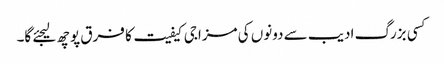
کسی بزرگ ادیب سے دونوں کی مزاجی کیفیت کا فرق پوچھ لیجئے گا۔